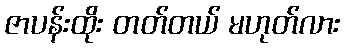
ဇာပန်းထိုး တတ်တယ် မဟုတ်လား